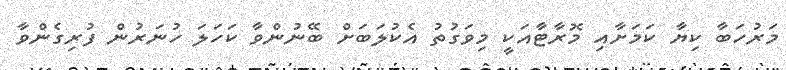
މަރުހަބާ ކިޔާ ކަމަށާއި މޮރާޓާއަކީ މިވަގުތު އެކުލަބަށް ބޭނުންވާ ކަހަލަ ހުނަރުން ފުރިގެންވާ